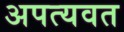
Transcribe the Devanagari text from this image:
अपत्यवत